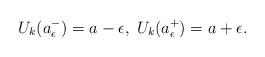
LaTeX: \begin{align*}U_k(a_\epsilon^-)=a-\epsilon,\; U_k(a_\epsilon^+)=a+\epsilon.\end{align*}